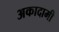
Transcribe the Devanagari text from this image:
अकादामी